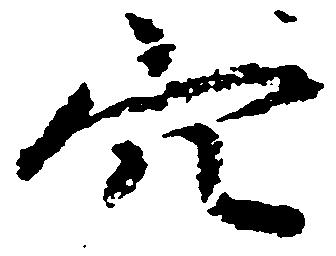
穴